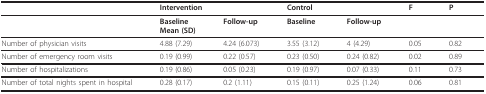
<table><thead><tr><td></td><td colspan="2"><b>Intervention</b></td><td colspan="2"><b>Control</b></td><td><b>F</b></td><td><b>P</b></td></tr></thead><tbody><tr><td></td><td><b>Baseline</b><b>Mean (SD)</b></td><td><b>Follow-up</b></td><td><b>Baseline</b></td><td><b>Follow-up</b></td><td></td><td></td></tr><tr><td>Number of physician visits</td><td>4.88 (7.29)</td><td>4.24 (6.073)</td><td>3.55 (3.12)</td><td>4 (4.29)</td><td>0.05</td><td>0.82</td></tr><tr><td>Number of emergency room visits</td><td>0.19 (0.99)</td><td>0.22 (0.57)</td><td>0.23 (0.50)</td><td>0.24 (0.82)</td><td>0.02</td><td>0.89</td></tr><tr><td>Number of hospitalizations</td><td>0.19 (0.86)</td><td>0.05 (0.23)</td><td>0.19 (0.97)</td><td>0.07 (0.33)</td><td>0.11</td><td>0.73</td></tr><tr><td>Number of total nights spent in hospital</td><td>0.28 (0.17)</td><td>0.2 (1.11)</td><td>0.15 (0.11)</td><td>0.25 (1.24)</td><td>0.06</td><td>0.81</td></tr></tbody></table>